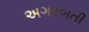
અગરબતી